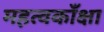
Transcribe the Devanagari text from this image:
महत्वकाँक्षा